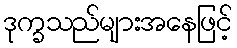
ဒုက္ခသည်များအနေဖြင့်